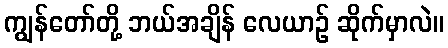
ကျွန်တော်တို့ ဘယ်အချိန် လေယာဉ် ဆိုက်မှာလဲ။